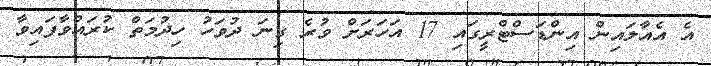
އެ އެއާލައިން އިންޑަސްޓްރީގައި 17 އަހަރަށް ވުރެ ގިނަ ދުވަހު ހިދުމަތް ކުރައްވާފައިވާ